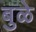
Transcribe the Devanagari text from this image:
बुळे